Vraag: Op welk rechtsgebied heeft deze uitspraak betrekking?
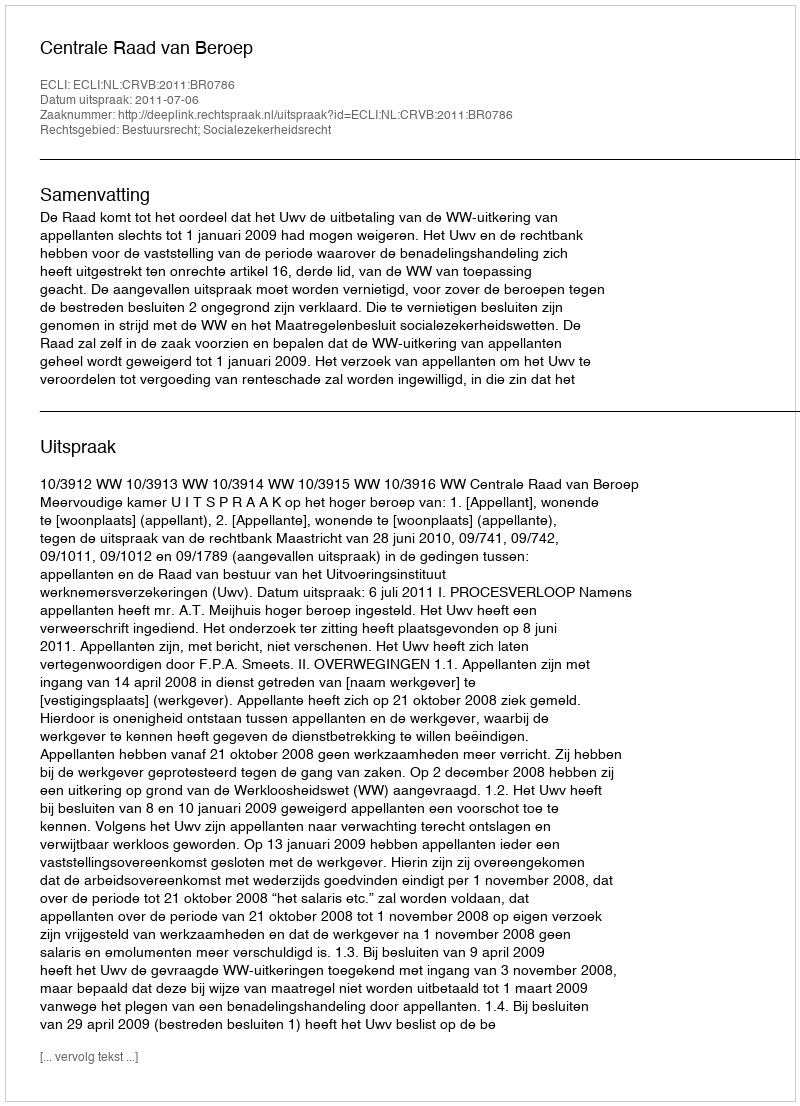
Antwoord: Bestuursrecht; Socialezekerheidsrecht